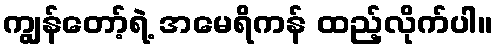
ကျွန်တော့်ရဲ့ အမေရိကန် ထည့်လိုက်ပါ။